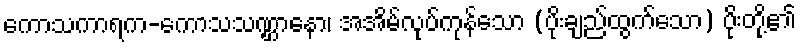
ကောသကာရက-ကောသသဏ္ဌာနော၊ အအိမ်လုပ်ကုန်သော (ပိုးချည်ထွက်သော) ပိုးတို့၏